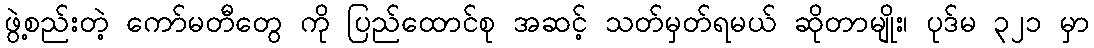
ဖွဲ့စည်းတဲ့ ကော်မတီတွေ ကို ပြည်ထောင်စု အဆင့် သတ်မှတ်ရမယ် ဆိုတာမျိုး၊ ပုဒ်မ ၃၂၁ မှာ